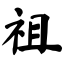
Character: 祖